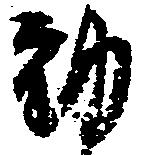
動